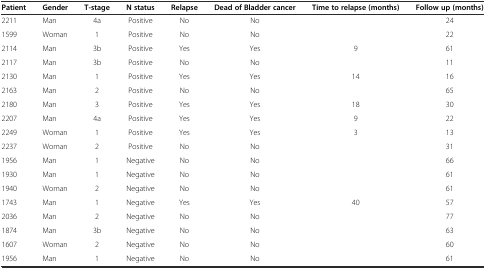
<table><thead><tr><td><b>Patient</b></td><td><b>Gender</b></td><td><b>T-stage</b></td><td><b>N status</b></td><td><b>Relapse</b></td><td><b>Dead of Bladder cancer</b></td><td><b>Time to relapse (months)</b></td><td><b>Follow up (months)</b></td></tr></thead><tbody><tr><td>2211</td><td>Man</td><td>4a</td><td>Positive</td><td>No</td><td>No</td><td></td><td>24</td></tr><tr><td>1599</td><td>Woman</td><td>1</td><td>Positive</td><td>No</td><td>No</td><td></td><td>22</td></tr><tr><td>2114</td><td>Man</td><td>3b</td><td>Positive</td><td>Yes</td><td>Yes</td><td>9</td><td>61</td></tr><tr><td>2117</td><td>Man</td><td>3b</td><td>Positive</td><td>No</td><td>No</td><td></td><td>11</td></tr><tr><td>2130</td><td>Man</td><td>1</td><td>Positive</td><td>Yes</td><td>Yes</td><td>14</td><td>16</td></tr><tr><td>2163</td><td>Man</td><td>2</td><td>Positive</td><td>No</td><td>No</td><td></td><td>65</td></tr><tr><td>2180</td><td>Man</td><td>3</td><td>Positive</td><td>Yes</td><td>Yes</td><td>18</td><td>30</td></tr><tr><td>2207</td><td>Man</td><td>4a</td><td>Positive</td><td>Yes</td><td>Yes</td><td>9</td><td>22</td></tr><tr><td>2249</td><td>Woman</td><td>1</td><td>Positive</td><td>Yes</td><td>Yes</td><td>3</td><td>13</td></tr><tr><td>2237</td><td>Woman</td><td>2</td><td>Positive</td><td>No</td><td>No</td><td></td><td>31</td></tr><tr><td>1956</td><td>Man</td><td>1</td><td>Negative</td><td>No</td><td>No</td><td></td><td>66</td></tr><tr><td>1930</td><td>Man</td><td>1</td><td>Negative</td><td>No</td><td>No</td><td></td><td>61</td></tr><tr><td>1940</td><td>Woman</td><td>2</td><td>Negative</td><td>No</td><td>No</td><td></td><td>61</td></tr><tr><td>1743</td><td>Man</td><td>1</td><td>Negative</td><td>Yes</td><td>Yes</td><td>40</td><td>57</td></tr><tr><td>2036</td><td>Man</td><td>2</td><td>Negative</td><td>No</td><td>No</td><td></td><td>77</td></tr><tr><td>1874</td><td>Man</td><td>3b</td><td>Negative</td><td>No</td><td>No</td><td></td><td>63</td></tr><tr><td>1607</td><td>Woman</td><td>2</td><td>Negative</td><td>No</td><td>No</td><td></td><td>60</td></tr><tr><td>1956</td><td>Man</td><td>1</td><td>Negative</td><td>No</td><td>No</td><td></td><td>61</td></tr></tbody></table>